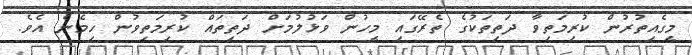
މީގެއިތުރުން ކުރިމަތިވާ ދަތިތަކުގެ ތެރޭގައި މީހުން ވަޅުލުމަށް ދަތިތައް ކުރިމަތިވުން ހިމެނެ އެވެ.